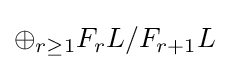
\oplus _{r\geq 1}F_{r}L/F_{r+1}L